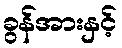
ခွန်အားနှင့်